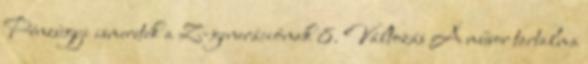
Pénzügyi ismeretek a Z-generációnak 8. Változás A műsor tartalma